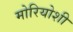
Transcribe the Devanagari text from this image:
मोरियोशी